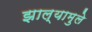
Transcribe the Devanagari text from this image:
झाल्यामुले